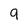
Character: 9